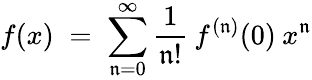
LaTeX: f(x)\; =\; \sum_{\mathfrak{n}=0}^{\infty}\frac{{1}}{{\mathfrak{n}!}}\: f^{(\mathfrak{n})}(0)\: x^{\mathfrak{n}}